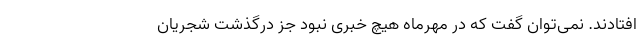
افتادند. نمی‌توان گفت که در مهرماه هیچ خبری نبود جز درگذشت شجریان